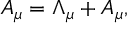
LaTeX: A _ { \mu } = \Lambda _ { \mu } + { \cal A } _ { \mu } ,